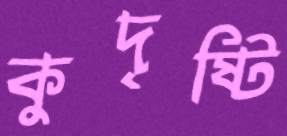
কুদৃষ্টি